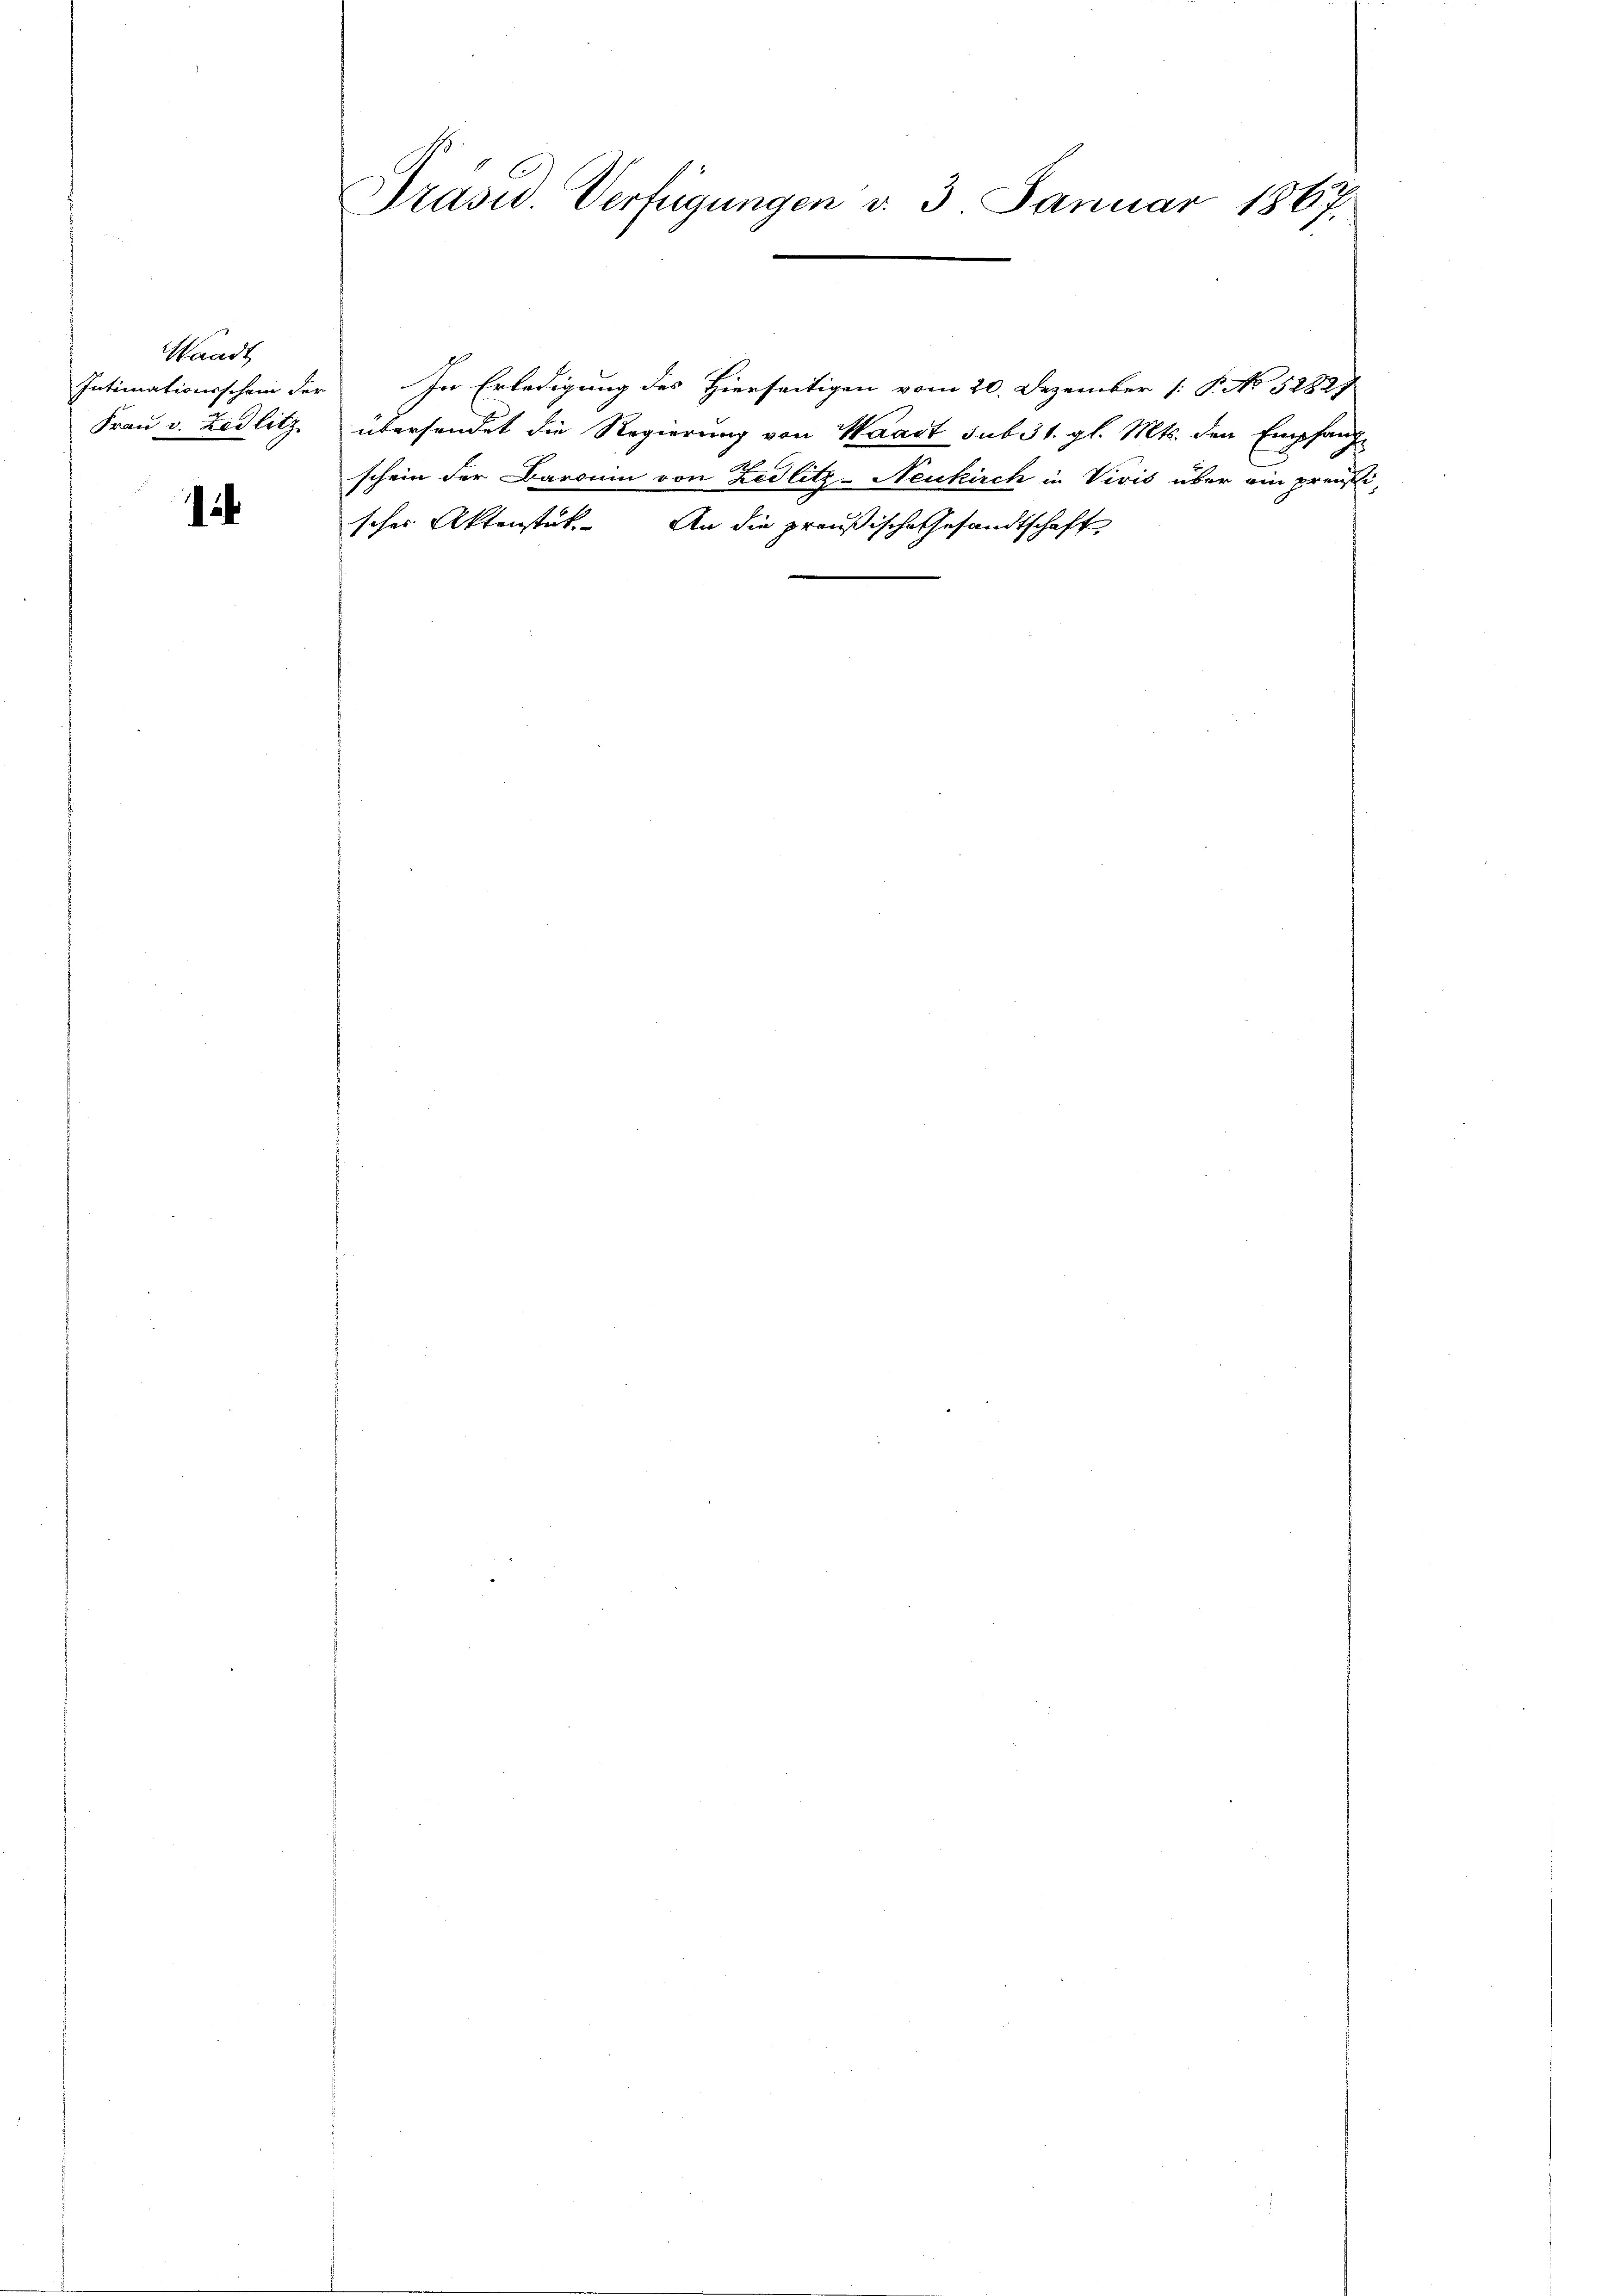
Waadt
Intimationsschein der
Frau v. Zedlitz

12

Präsid. Verfügungen d. 3. Januar 1867.

e

In Erledigung des Hierseitigen vom 20. Dezember [P. No 5282
übersendet die Regierung von Waadt sub 31. gl. Mts. den Empfange
schein der Baronin von Zedlitz-Neukirch in Vivis über ain preußischer Aktenstück. An die preußische Gesandtschaft